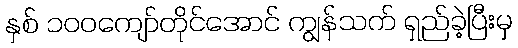
နှစ် ၁၀၀ကျော်တိုင်အောင် ကျွန်သက် ရှည်ခဲ့ပြီးမှ